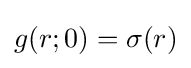
g(r;0)=\sigma (r)